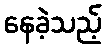
နေခဲ့သည့်